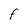
Character: F